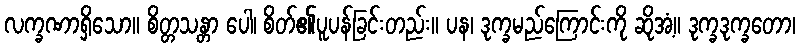
လက္ခဏာရှိသော။ စိတ္တသန္တာ ပေါ၊ စိတ်၏ပူပန်ခြင်းတည်း။ ပန၊ ဒုက္ခမည်ကြောင်းကို ဆိုအံ့။ ဒုက္ခဒုက္ခတော၊